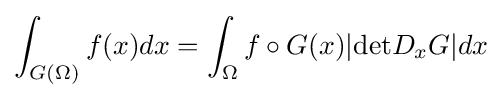
\int _{G(\Omega )}f(x)dx=\int _{\Omega }f\circ G(x)|{\text{det}}D_{x}G|dx